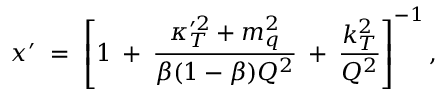
x ^ { \prime } \; = \; \left[ 1 \: + \: \frac { \kappa _ { T } ^ { \prime 2 } + m _ { q } ^ { 2 } } { \beta ( 1 - \beta ) Q ^ { 2 } } \: + \: \frac { k _ { T } ^ { 2 } } { Q ^ { 2 } } \right] ^ { - 1 } ,